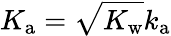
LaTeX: K_{\mathrm{a}}=\sqrt{K_{\mathrm{w}}}k_{\mathrm{a}}